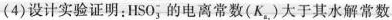
(4)设计实验证明：HSO_{3}^{-}的电离常数(K_{a_{2}})大于其水解常数